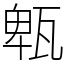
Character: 㼰